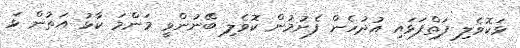
ޅަކޮވެލި ފަތްފަޅައި އުދުހެން ފެށުމުން ކޮވެލި ބޭނުންވީ މަންމަ ކާޅު އަތުން ޅަ